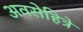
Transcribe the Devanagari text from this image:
अवरोहित्रे